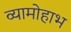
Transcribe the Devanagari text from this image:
व्यामोहाभ